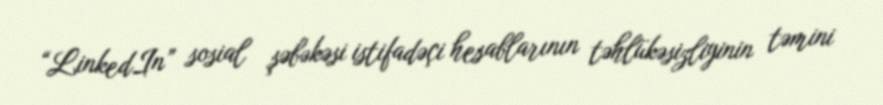
“LinkedIn” sosial şəbəkəsi istifadəçi hesablarının təhlükəsizliyinin təmini